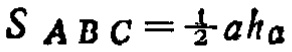
$S_{ABC}=\frac{1}{2}a h_{a}$